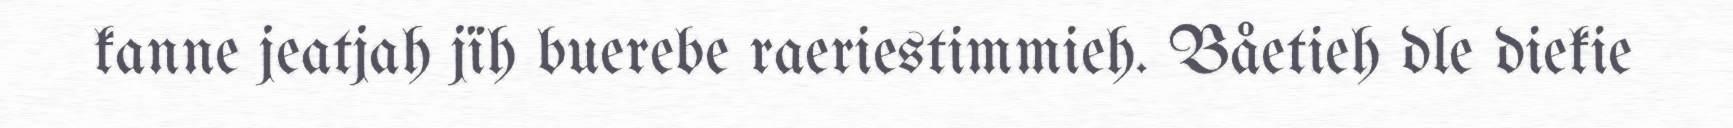
kanne jeatjah jïh buerebe raeriestimmieh. Båetieh dle diekie